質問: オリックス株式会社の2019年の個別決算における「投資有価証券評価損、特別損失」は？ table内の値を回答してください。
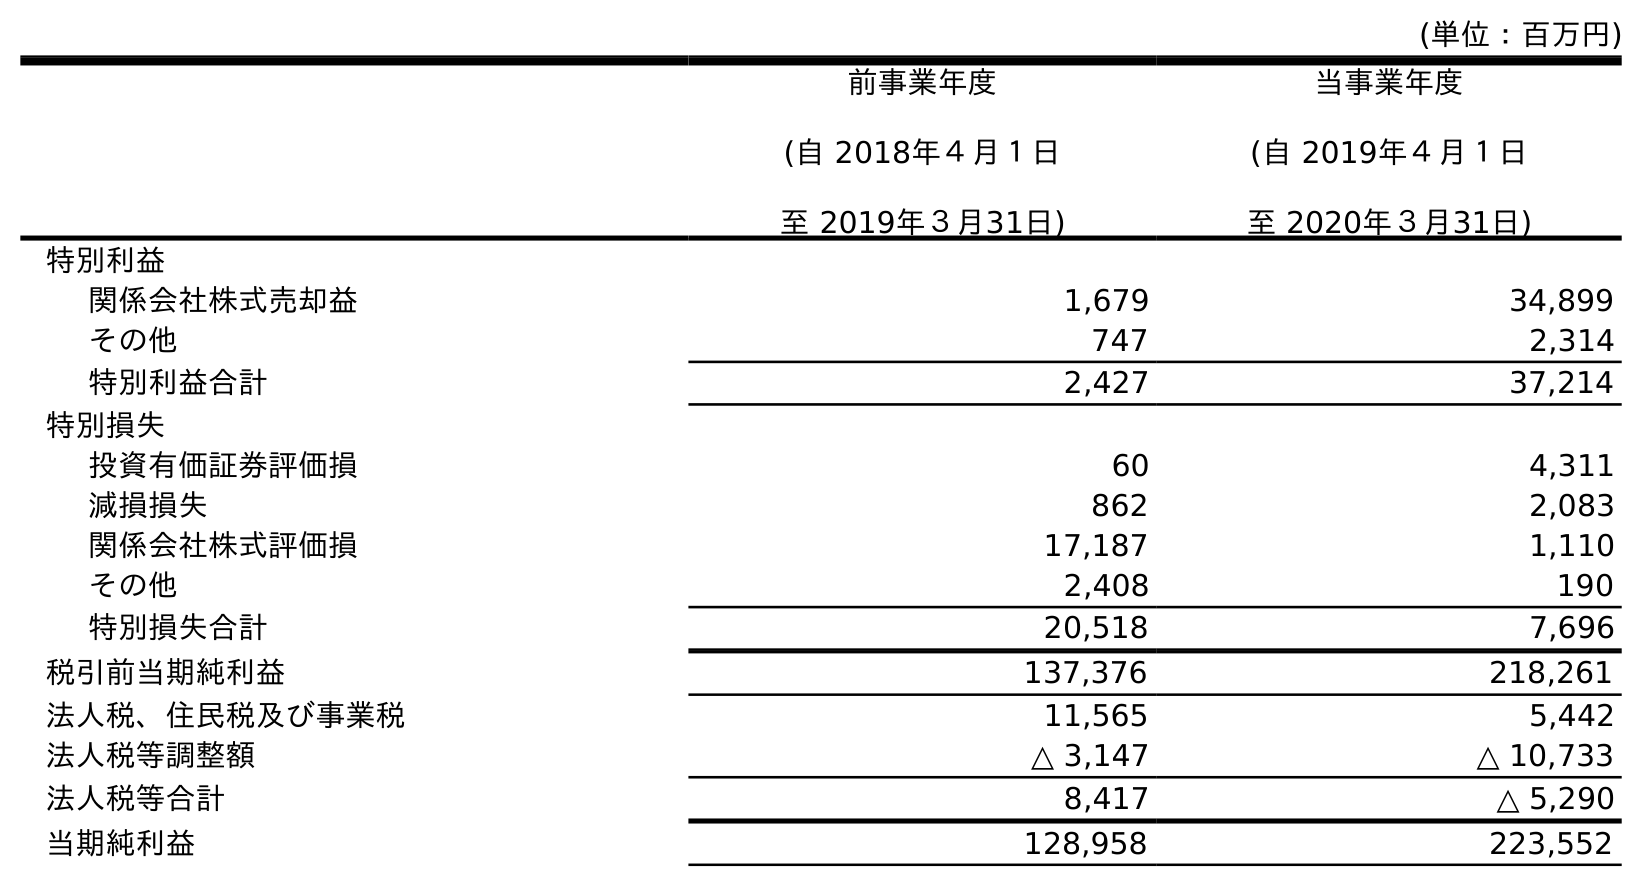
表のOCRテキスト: (単位：百万円) 前事業年度 (自 2018年４月１日 至 2019年３月31日) 当事業年度 (自 2019年４月１日 至 2020年３月31日) 特別利益 関係会社株式売却益 1,679 34,899 その他 747 2,314 特別利益合計 2,427 37,214 特別損失 投資有価証券評価損 60 4,311 減損損失 862 2,083 関係会社株式評価損 17,187 1,110 その他 2,408 190 特別損失合計 20,518 7,696 税引前当期純利益 137,376 218,261 法人税、住民税及び事業税 11,565 5,442 法人税等調整額 △ 3,147 △ 10,733 法人税等合計 8,417 △ 5,290 当期純利益 128,958 223,552
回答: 60